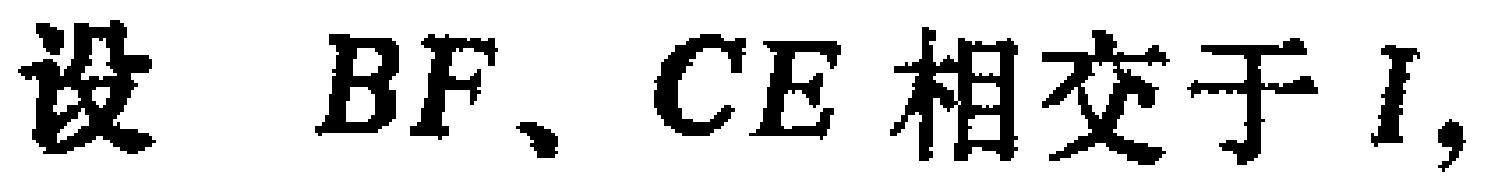
设 \(BF、CE\) 相交于 \(I\)，